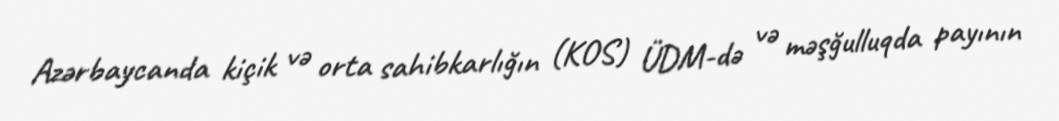
Azərbaycanda kiçik və orta sahibkarlığın (KOS) ÜDM-də və məşğulluqda payının